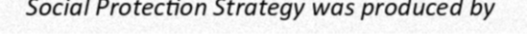
Social Protection Strategy was produced by